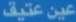
عين-عتيف